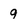
Character: 9